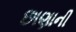
છાણાની